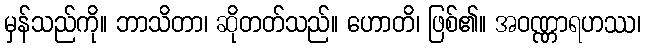
မှန်သည်ကို။ ဘာသိတာ၊ ဆိုတတ်သည်။ ဟောတိ၊ ဖြစ်၏။ အဝဏ္ဏာရဟဿ၊